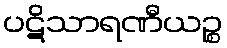
ပဋိသာရဏီယဉ္စ